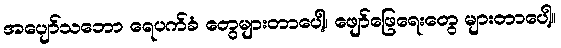
အပျော်သဘော ရေပက်ခံ တွေများတာပေါ့၊ ဖျော်ဖြေရေးတွေ များတာပေါ့။